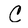
Character: C